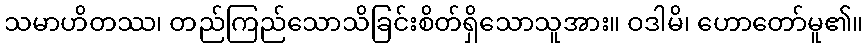
သမာဟိတဿ၊ တည်ကြည်သောသိခြင်းစိတ်ရှိသောသူအား။ ဝဒါမိ၊ ဟောတော်မူ၏။